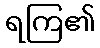
ရကြ၏